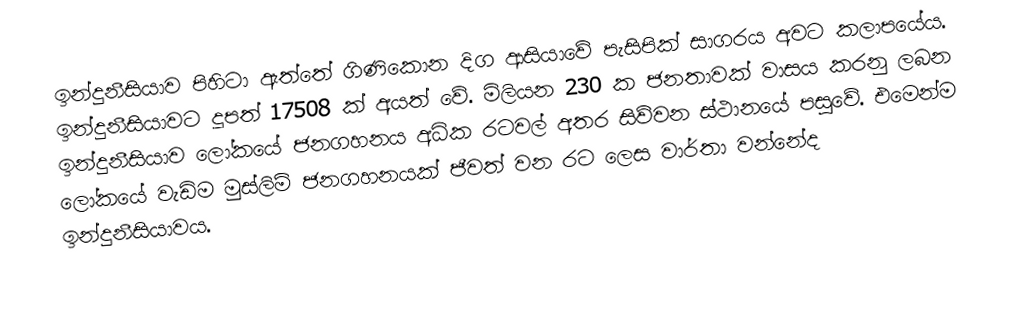
ඉන්දුනීසියාව පිහිටා ඇත්තේ ගිණිකොන දිග ආසියාවේ පැසිපික් සාගරය අවට කලාපයේය. ඉන්දුනීසියාවට දූපත් 17508 ක් අයත් වේ. මිලියන 230 ක ජනතාවක් වාසය කරනු ලබන ඉන්දුනීසියාව ලෝකයේ ජනගහනය අධික රටවල් අතර සිව්වන ස්ථානයේ පසුවේ. එමෙන්ම ලෝකයේ වැඩිම මුස්ලිම් ජනගහනයක් ජීවත් වන රට ලෙස වාර්තා වන්නේද ඉන්දුනීසියාවය.